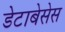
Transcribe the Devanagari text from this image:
डेटाबेसेस